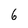
Character: 6